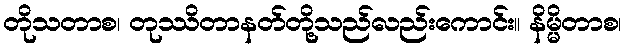
တိုသတာစ၊ တုဿိတာနတ်တို့သည်လည်းကောင်း။ နိမ္မိတာစ၊